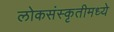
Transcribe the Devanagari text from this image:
लोकसंस्कृतीमध्ये